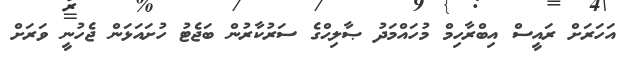
އަހަރަށް ރައީސް އިބްރާހިމް މުހައްމަދު ޞާލިޙްގެ ސަރުކާރުން ބަޖެޓު ހުށައަޅަން ޖެހުނީ ވަރަށް